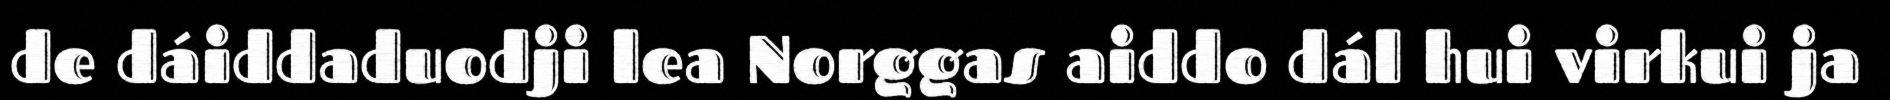
de dáiddaduodji lea Norggas aiddo dál hui virkui ja